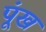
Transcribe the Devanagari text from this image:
पूंख